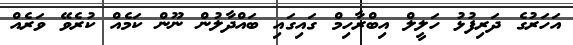
އަހަރުގެ ދަރިފުޅު ހަލީލް އިބްރާހިމް ގައިގައި ބައްދާލުން ނޫން ކަމެއް ކުރެވޭ ވަރެއް